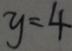
y = 4